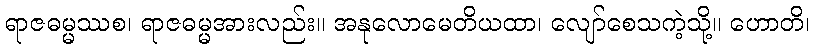
ရာဇဓမ္မဿစ၊ ရာဇဓမ္မအားလည်း။ အနုလောမေတိယထာ၊ လျော်စေသကဲ့သို့။ ဟောတိ၊